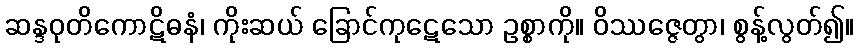
ဆန္ဒဝုတိကောဋိဓနံ၊ ကိုးဆယ် ခြောင်ကုဋေသော ဥစ္စာကို။ ဝိဿဇ္ဇေတွာ၊ စွန့်လွတ်၍။